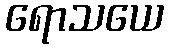
ရောသယေ